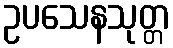
ဥပသေနသုတ္တ